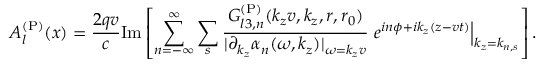
A _ { l } ^ { \mathrm { ( P ) } } ( x ) = \frac { 2 q v } { c } \mathrm { I m } \left[ \sum _ { n = - \infty } ^ { \infty } \sum _ { s } \frac { G _ { l 3 , n } ^ { \mathrm { ( P ) } } ( k _ { z } v , k _ { z } , r , r _ { 0 } ) } { | \partial _ { k _ { z } } \alpha _ { n } ( \omega , k _ { z } ) | _ { \omega = k _ { z } v } } \left. e ^ { i n \phi + i k _ { z } ( z - v t ) } \right\vert _ { k _ { z } = k _ { n , s } } \right] .